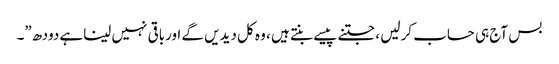
بس آج ہی حساب کرلیں ، جتنے پیسے بنتے ہیں ، وہ کل دیدیں گے اورباقی نہیں لیناہے دودھ”۔